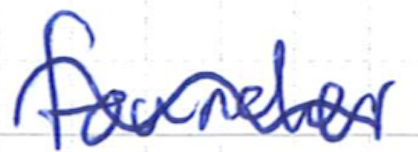
Text: founder
Cross-out: wave
Writing tool: ballpoint